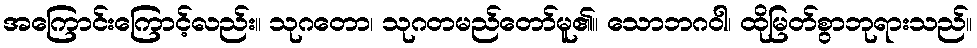
အကြောင်းကြောင့်လည်း။ သုဂတော၊ သုဂတမည်တော်မူ၏။ သောဘဂဝါ၊ ထိုမြတ်စွာဘုရားသည်။